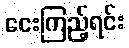
ငေးကြည့်ရင်း